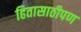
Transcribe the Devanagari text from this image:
हितासाठीपण